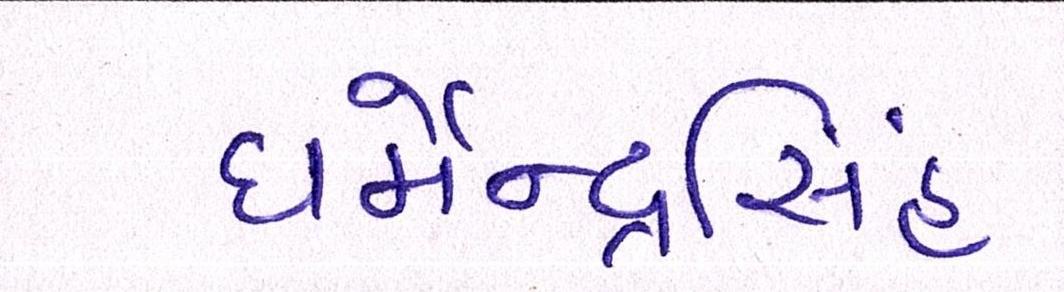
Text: ધર્મેન્દ્રસિંહ